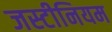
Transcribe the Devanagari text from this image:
जस्टीनियम